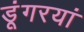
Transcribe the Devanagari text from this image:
डूंगरयां